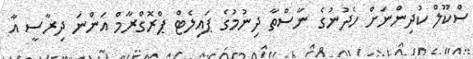
ސްކޫލް ކުދިންނަށް ހެދުނުގެ ނާސްތާ ދިނުމުގެ ޕައިލެޓް ޕްރޮގްރާމް އަންނަ ދިރާސީ އާ